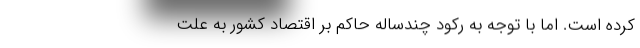
کرده است. اما با توجه به رکود چندساله حاکم بر اقتصاد کشور به علت